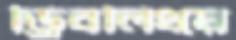
ড্রিবলিংয়ে